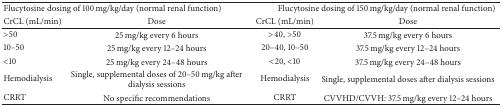
| <COLSPAN=2> Flucytosine dosing of 100 mg/kg/day (normal renal function) | <COLSPAN=2> Flucytosine dosing of 150 mg/kg/day (normal renal function) |
 | CrCL (mL/min) | Dose | CrCL (mL/min) | Dose |
 | --- | --- | --- | --- |
 | >50 | 25 mg/kg every 6 hours | >40, >50 | 37.5 mg/kg every 6 hours |
 | 10–50 | 25 mg/kg every 12–24 hours | 20–40, 10–50 | 37.5 mg/kg every 12–24 hours |
 | <10 | 25 mg/kg every 24–48 hours | <20, <10 | 37.5 mg/kg every 24–48 hours |
 | Hemodialysis | Single, supplemental doses of 20–50 mg/kg after dialysis sessions | Hemodialysis | Single, supplemental doses after dialysis sessions |
 | CRRT | No specific recommendations | CRRT | CVVHD/CVVH: 37.5 mg/kg every 12–24 hours |